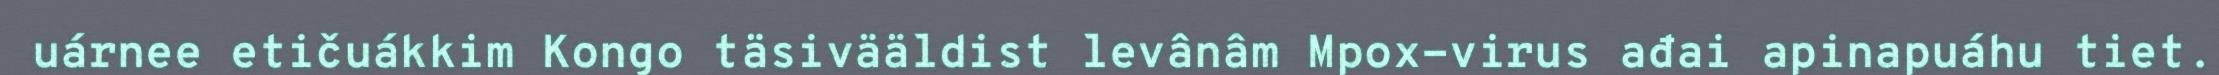
uárnee etičuákkim Kongo täsivääldist levânâm Mpox-virus ađai apinapuáhu tiet.